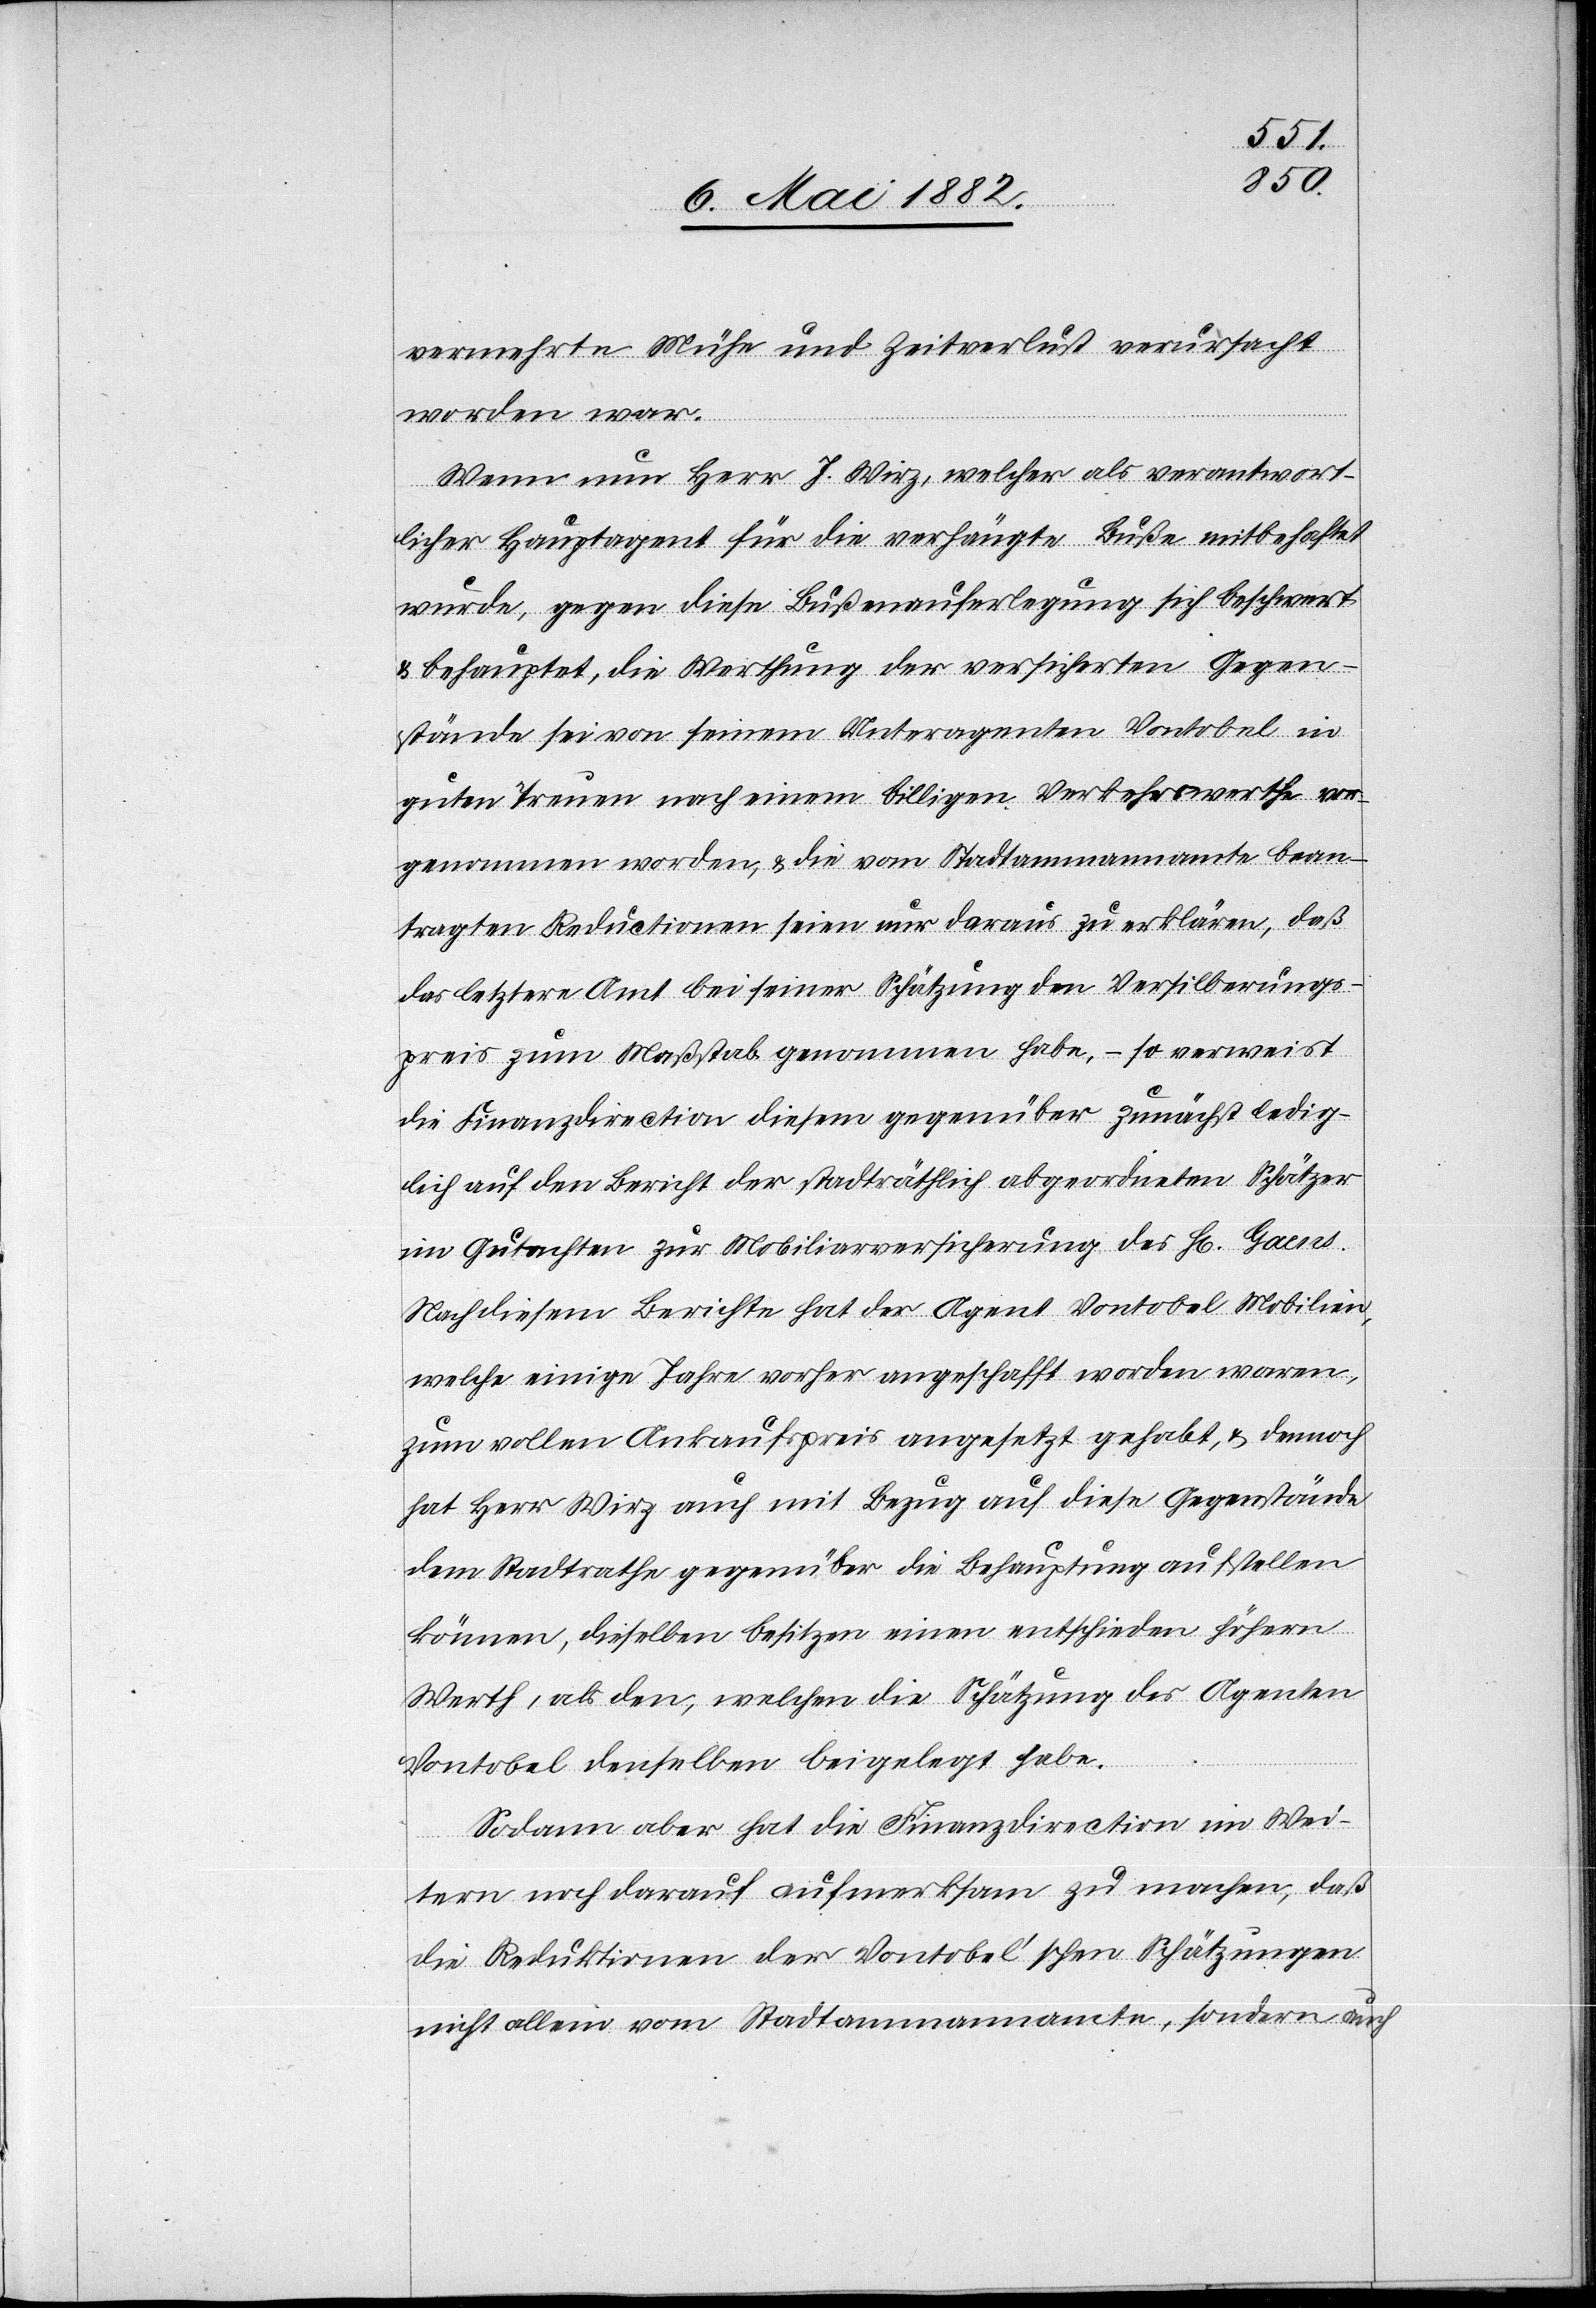
vermehrte Mühe und Zeitverlust verursacht
worden war.
Wenn nun Herr J. Wirz, welcher als verantwort¬
licher Hauptagent für die verhängte Buße mitbehaftet
wurde, gegen diese Bußenauferlegung sich beschwert
& behauptete, die Werthung der versicherten Gegen¬
stände sei von seinem Unteragenten Vontobel in
guten Treuen nach einem billigen Verkehrswerthe vor¬
genommen worden, & die vom Stadtammannamte bean¬
tragten Reductionen seien nur daraus zu erklären, daß
das letztere Amt bei seiner Schätzung den Versicherungs¬
preis zum Maßstab genommen habe, – so verweist
die Finanzdirection diesem gegenüber zunächst ledig¬
lich auf den Bericht der stadträthlich abgeordneten Schätzer
im Gutachten zur Mobiliarversicherung des H[rn]. Gaens.
Nach diesem Berichte hat der Agent Vontobel Mobilien,
welche einige Jahre vorher angeschafft worden waren,
zum vollen Ankaufspreis angesetzt gehabt, & dennoch
hat Herr Wirz auch mit Bezug auf diese Gegenstände
dem Stadtrathe gegenüber die Behauptung aufstellen
können, dieselben besitzen einen entschieden höhern
Werth, als den, welchen die Schätzung des Agenten
Vontobel denselben beigelegt habe.
Sodann aber hat die Finanzdirection im Wei¬
tern noch darauf aufmerksam zu machen, daß
die Reduktionen der Vontobel’schen Schätzungen
nicht allein vom Stadtammannamte, sondern auch